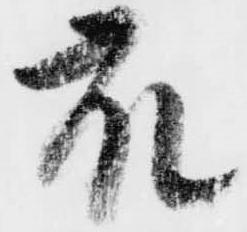
衆